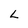
Character: L